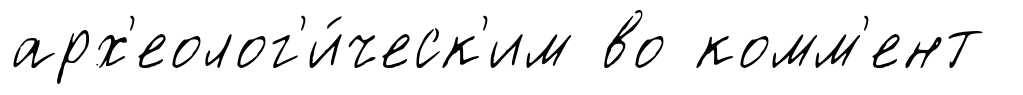
арх'еолог'и́ческ'им во комм'ент